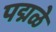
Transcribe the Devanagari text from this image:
पद्मळे